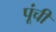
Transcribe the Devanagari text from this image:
पूंची